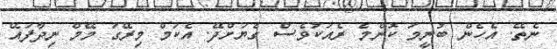
ނެތޭ. އެހެން ބުނީމަ ކޮންމެ ރެއަކުވެސް ގެޔަށްދޭ. އެކަމް މިރޭގަ މޭމް ނިދާފައޭ